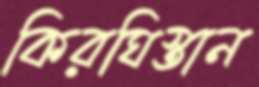
কিরঘিস্তান